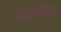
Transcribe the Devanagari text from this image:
आरोधित